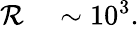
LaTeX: \begin{array}{rl}{\mathcal{R}}&{{}\sim 10^{3}.}\end{array}